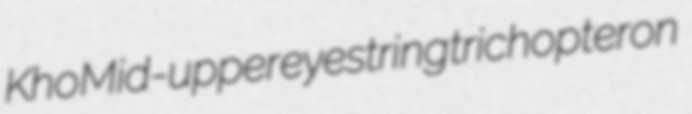
Kho Mid-upper eyestring trichopteron